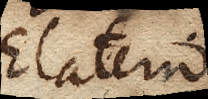
Elaterio.